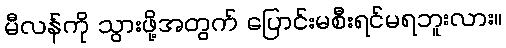
မီလန်ကို သွားဖို့အတွက် ပြောင်းမစီးရင်မရဘူးလား။